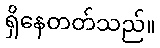
ရှိနေတတ်သည်။